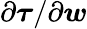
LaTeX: {\partial\boldsymbol{\tau}}/{\partial\boldsymbol{w}}